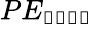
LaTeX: PE_{\mathbb{root}}